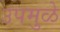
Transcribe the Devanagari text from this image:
उपमुळे